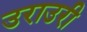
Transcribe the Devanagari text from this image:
उराउरी